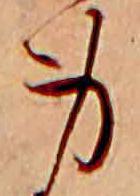
身